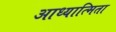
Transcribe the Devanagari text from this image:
आध्यात्मिता